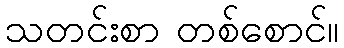
သတင်းစာ တစ်စောင်။